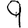
Digit: 9